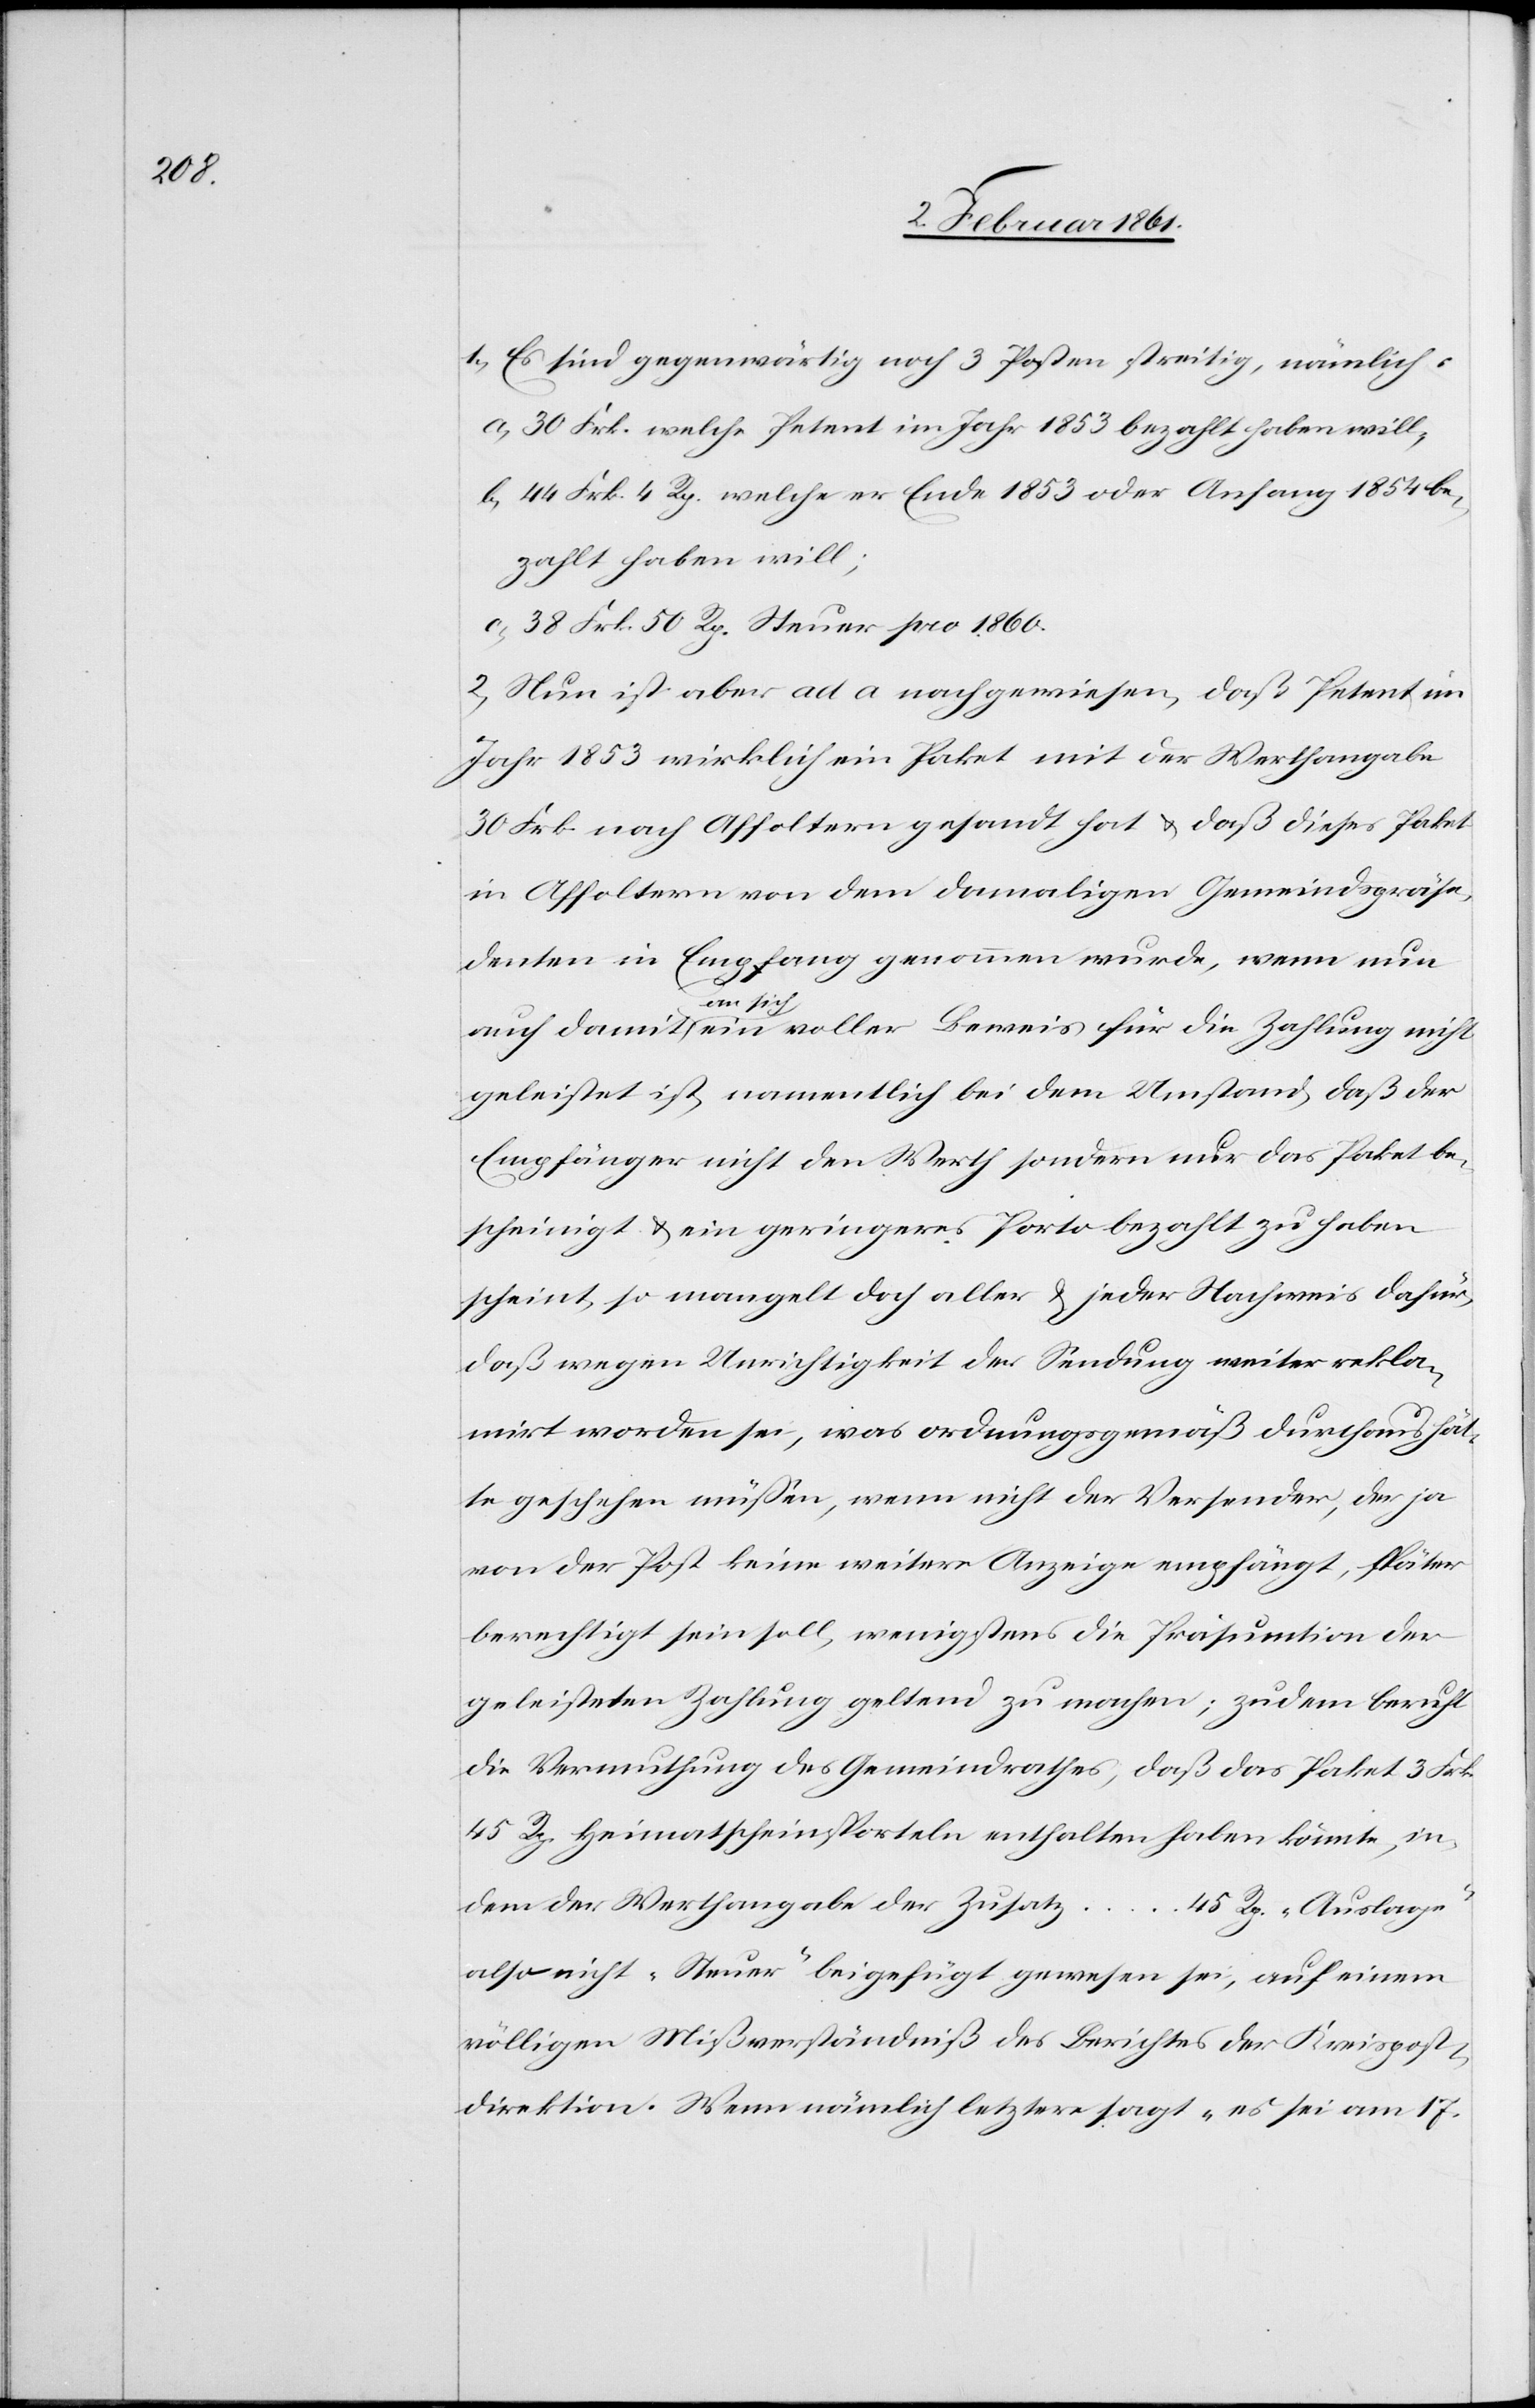
1) Es sind gegenwärtig noch 3 Posten streitig, nämlich:
a) 30 Frk. welche Petent im Jahr 1853 bezahlt haben will;
b) 44 Frk. 4 Rp. welche er Ende 1853 oder Anfang 1854 be¬
zahlt haben will;
c) 38 Frk. 50 Rp. Steuer pro 1860.
2) Nun ist aber ad a nachgewiesen, daß Petent im
Jahr 1853 wirklich ein Paket mit der Werthangabe
30 Frk. nach Affoltern gesandt hat u. daß dieses Paket
in Affoltern von dem damaligen Gemeindspräsi¬
denten in Empfang genommen wurde, wenn nun
auch damit an sich ein voller Beweis für die Zahlung nicht
geleistet ist, namentlich bei dem Umstand, daß der
Empfänger nicht den Werth sondern nur das Paket be¬
scheinigt u. ein geringeres Porto bezahlt zu haben
scheint, so mangelt doch aller u. jeder Nachweis dafür,
daß wegen Unrichtigkeit der Sendung weiter rekla¬
mirt worden sei, was ordnungsgemäß durchaus hät¬
te geschehen müssen, wenn nicht der Versender, der ja
von der Post keine weitere Anzeige empfängt, später
berechtigt sein soll, wenigstens die Präsumtion der
geleisteten Zahlung geltend zu machen; zudem beruht
die Vermuthung des Gemeindrathes, daß das Paket 3 Frk.
45 Rp. Heimatscheinsporteln enthalten haben könnte, in¬
dem der Werthangabe der Zusatz
45 Rp. „Auslagen“
also nicht „Steuer“ beigefügt gewesen sei, auf einem
völligen Mißverständniß des Berichtes der Kreispost¬
direktion. Wenn nämlich letztere sagt „es sei am 17.